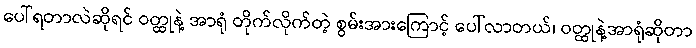
ပေါ်ရတာလဲဆိုရင် ဝတ္ထုနဲ့ အာရုံ တိုက်လိုက်တဲ့ စွမ်းအားကြောင့် ပေါ်လာတယ်၊ ဝတ္ထုနဲ့အာရုံဆိုတာ